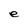
Character: e